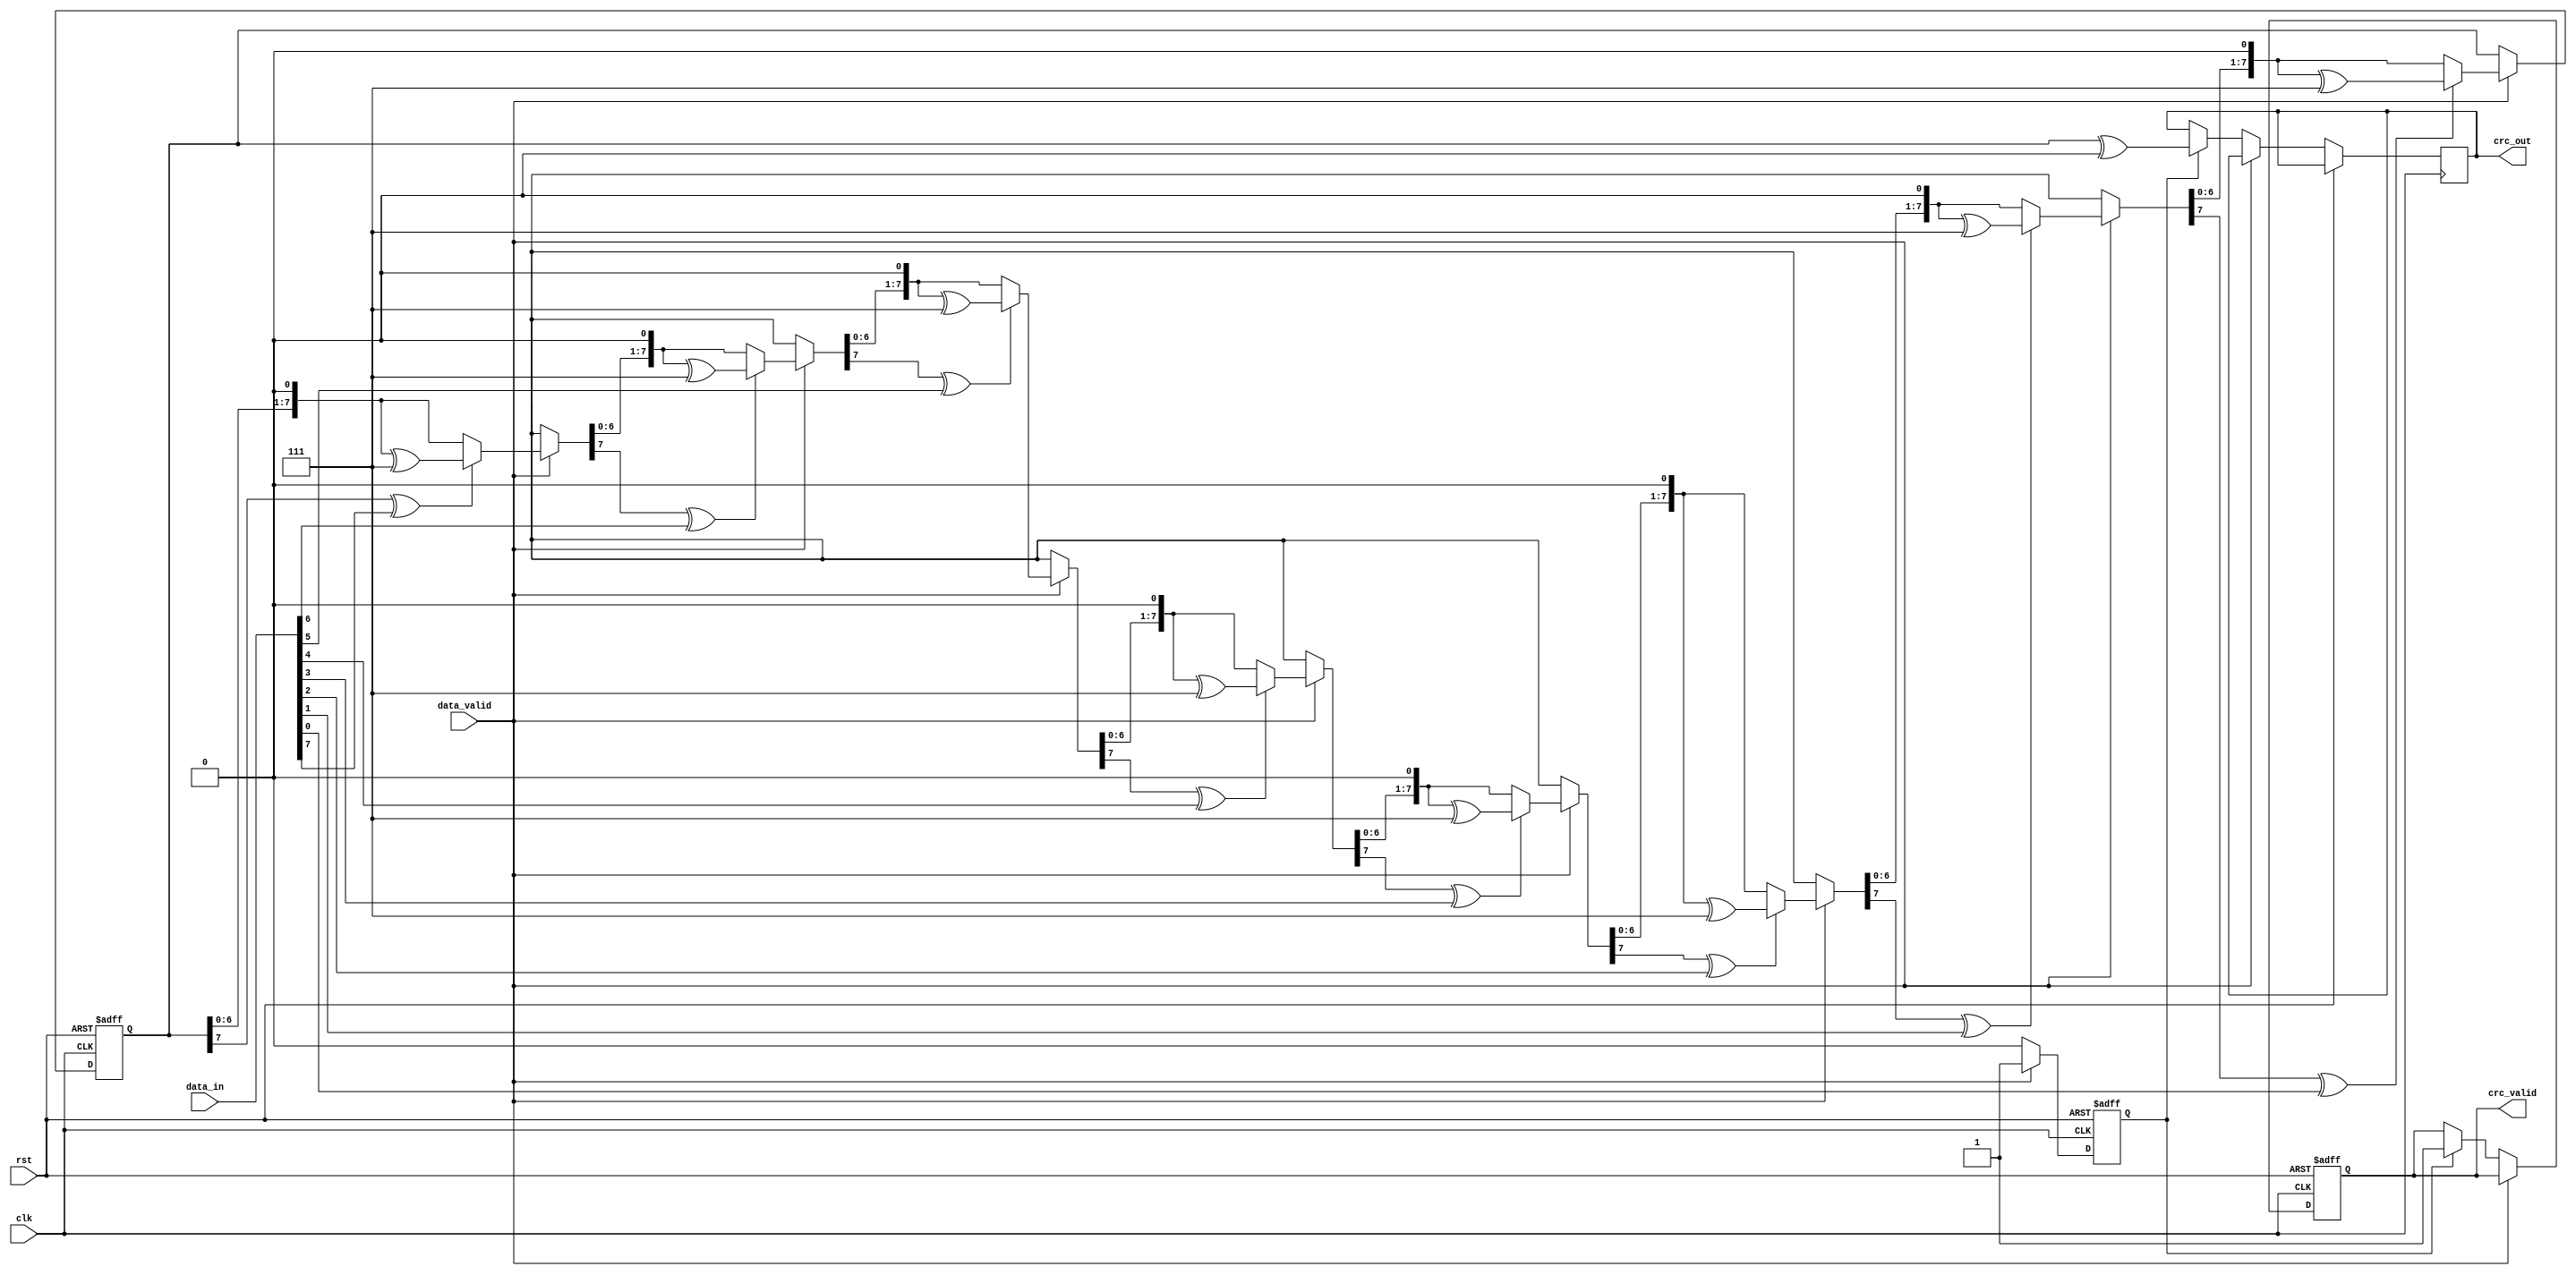
module parameterized_crc #(
    parameter CRC_WIDTH = 8,
    parameter polynomial = 8'h07, // Example polynomial: x^8 + x^2 + x + 1
    parameter INIT_VALUE = 8'h00,
    parameter REFLECT_INPUT = 1'b0,
    parameter REFLECT_OUTPUT = 1'b0,
    parameter FINAL_XOR = 8'h00
) (
    input wire clk,
    input wire rst,
    input wire [7:0] data_in,
    input wire data_valid,
    output reg [CRC_WIDTH-1:0] crc_out,
    output reg crc_valid
);

    reg [CRC_WIDTH-1:0] crc_reg;
    reg [2:0] bit_counter;
    reg processing;

    // Function to reflect bits
    function [7:0] reflect;
        input [7:0] data;
        integer i;
        begin
            for (i = 0; i < 8; i = i + 1) begin
                reflect[i] = data[7-i];
            end
        end
    endfunction

    // CRC computation process
    always @(posedge clk or posedge rst) begin
        if (rst) begin
            crc_reg <= INIT_VALUE;
            crc_valid <= 1'b0;
            processing <= 1'b0;
        end else if (data_valid) begin
            processing <= 1'b1;
            if (REFLECT_INPUT) begin
                crc_reg <= crc_reg ^ reflect(data_in);
            end else begin
                crc_reg <= crc_reg ^ data_in;
            end
            
            // Process each bit of the data
            for (bit_counter = 0; bit_counter < 8; bit_counter = bit_counter + 1) begin
                if (crc_reg[CRC_WIDTH-1] ^ (data_in[7 - bit_counter] ^ REFLECT_INPUT)) begin
                    crc_reg = (crc_reg << 1) ^ polynomial;
                end else begin
                    crc_reg = crc_reg << 1;
                end
            end
        end else if (processing) begin
            crc_valid <= 1'b1;
            if (REFLECT_OUTPUT) begin
                crc_out <= reflect(crc_reg) ^ FINAL_XOR;
            end else begin
                crc_out <= crc_reg ^ FINAL_XOR;
            end
            processing <= 1'b0;
        end
    end
endmodule